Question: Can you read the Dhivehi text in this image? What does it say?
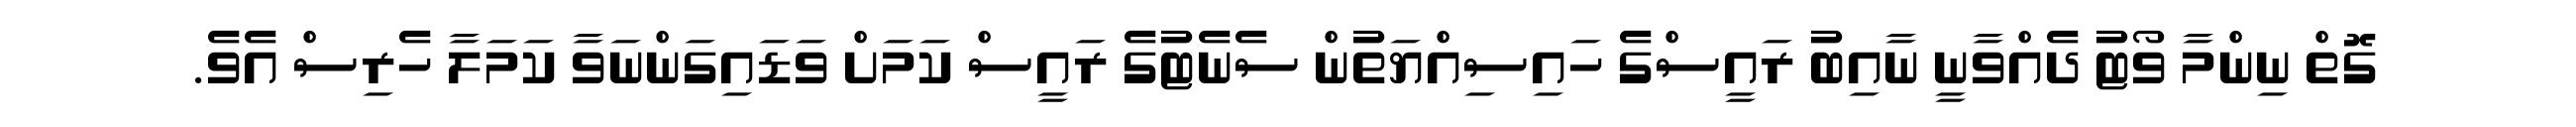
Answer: ގޮތް ނިންމާ ވޯޓު ދެއްވާނީ ނާއިބު ރައީސްގެ ހައިސިއްޔަތުން ސެނެޓުގެ ރައީސް ކަމަށް ވަޑައިގަންނަވާ ކަމަލާ ހެރިސް އެވެ.